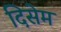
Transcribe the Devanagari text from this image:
दिसेम